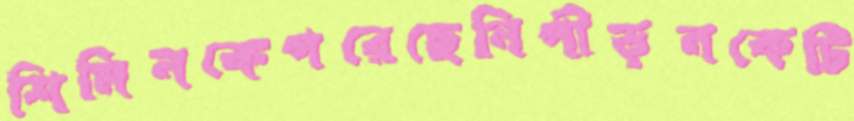
শিমিনকেপরেছেনিপীড়নকেটি